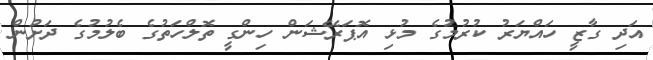
އަދި ގާޒީ ހައްޔަރު ކުރުމުގެ މުޅި އޮޕަރޭޝަން ހިންގީ ތޮލްހަތުގެ ބެލުމުގެ ދަށުން